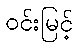
ဝင်းမြင့်